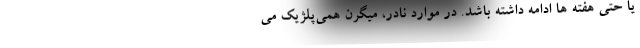
یا حتی هفته ها ادامه داشته باشد. در موارد نادر، میگرن همی‌پلژیک می